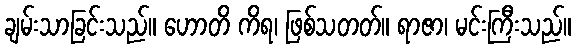
ချမ်းသာခြင်းသည်။ ဟောတိ ကိရ၊ ဖြစ်သတတ်။ ရာဇာ၊ မင်းကြီးသည်။